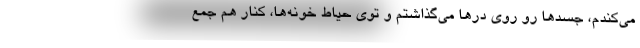
مي‌كندم، جسدها رو روي درها مي‌گذاشتم و توي حياط خونه‌ها، كنار هم جمع